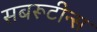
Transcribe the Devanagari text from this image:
सबरूटीन्स